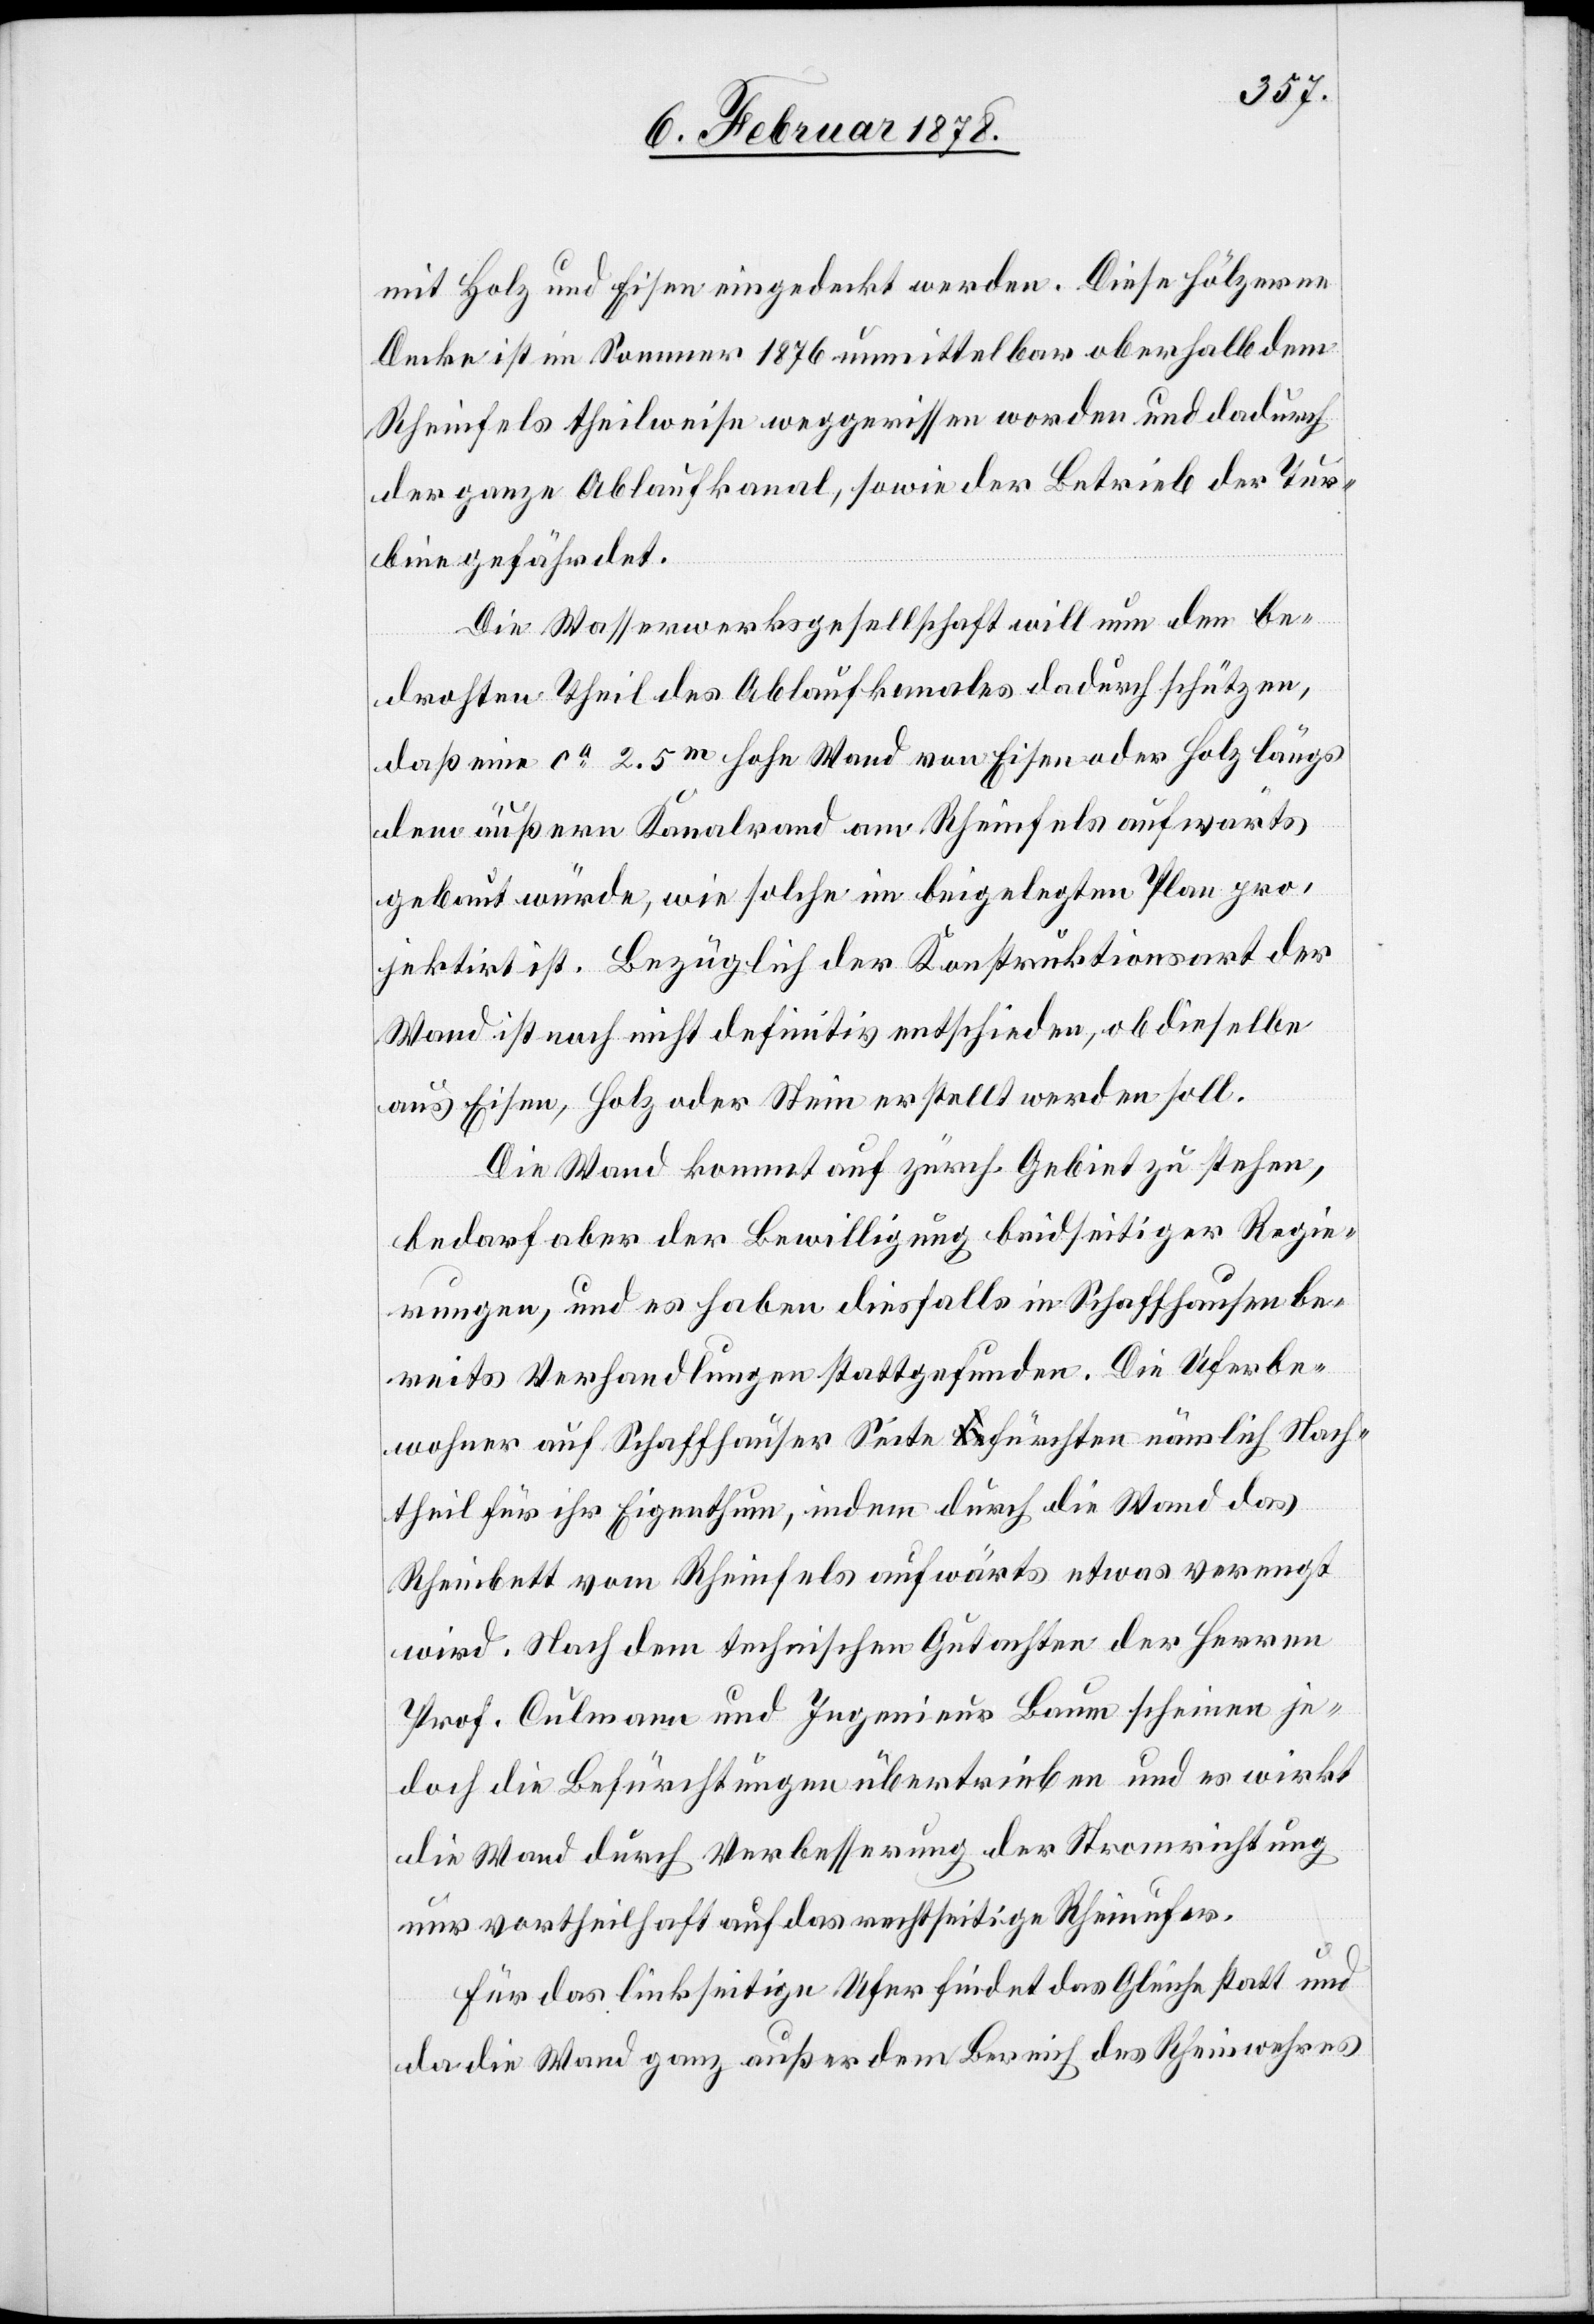
mit Holz und Eisen eingedeckt werden. Diese hölzerne
Decke ist im Sommer 1876 unmittelbar oberhalb dem
Rheinfels theilweise weggerissen worden und dadurch
der ganze Ablaufkanal, sowie der Betrieb der Tur¬
bine gefährdet.
Die Wasserwerksgesellschaft will nun den be¬
drohten Theil des Ablaufkanales dadurch schützen,
daß eine ca. 2.5m hohe Wand von Eisen oder Holz längs
dem äußern Kanalrand am Rheinfels aufwärts
gebaut würde, wie solche im beigelegten Plan pro¬
jektirt ist. Bezüglich der Konstruktionsart der
Wand ist noch nicht definitiv entschieden, ob dieselbe
aus Eisen, Holz oder Stein erstellt werden soll.
Die Wand kommt auf zürch. Gebiet zu stehen,
bedarf aber der Bewilligung beidseitiger Regie¬
rungen, und es haben diesfalls in Schaffhausen be¬
reits Verhandlungen stattgefunden. Die Uferbe¬
wohner auf Schaffhauser Seite a-be-afürchten nämlich Nach¬
theil für ihr Eigenthum, indem durch die Wand das
Rheinbett vom Rheinfels aufwärts etwas verengt
wird. Nach dem technischen Gutachten der Herren
Prof. Culmann und Ingenieur Baum scheinen je¬
doch die Befürchtungen übertrieben und es wirkt
die Wand durch Verbesserung der Stromrichtung
nur vortheilhaft auf das rechtseitige Rheinufer.
Für das linkseitige Ufer findet das Gleiche statt und
da die Wand ganz außer dem Bereich des Rheinwehres